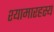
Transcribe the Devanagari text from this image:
श्यामारहस्य